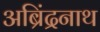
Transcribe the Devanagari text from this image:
अब्रिंद्रनाथ